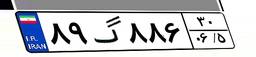
۸۹گ۸۸۶۳۰